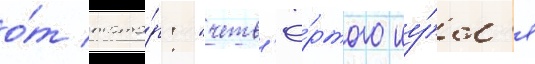
о́т тата́р: "четв'ё́ртого иу́л'я